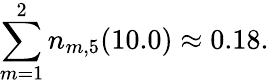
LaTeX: \sum_{m=1}^{2}n_{m,5}(10.0)\approx 0.18.